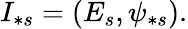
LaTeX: I_{\ast s}=\left(E_{s},\psi_{\ast s}\right).